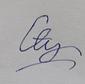
Signature authenticity: forged